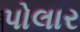
પોલાર